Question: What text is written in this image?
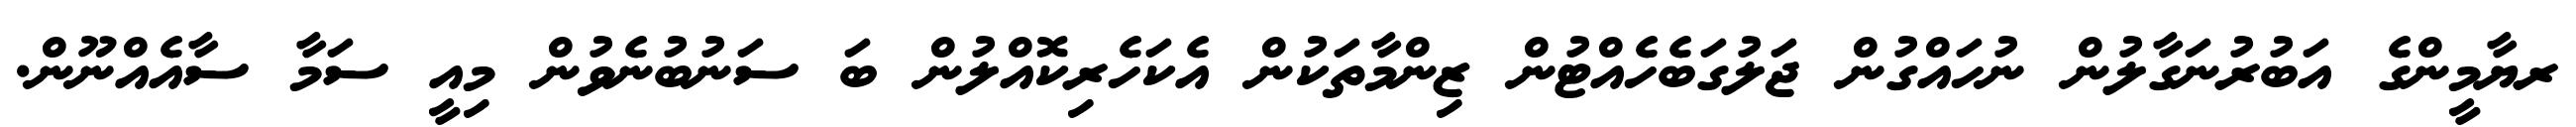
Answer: ރޔާމީންގެ އަބުރުނަގާލުން ނުހައްގުން ޖަލުގަބެހެއްޓުން ޒިންމާތަކުން އެކަހެރިކޮއްލުން ބަ ސަނުބުނެވުން މިއީ ސަމާ ސާއެއްނޫން.